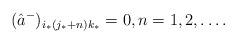
LaTeX: \begin{align*}(\hat a^-)_{i_*(j_*+n)k_*}=0, n=1,2,\ldots. \end{align*}